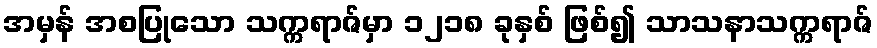
အမှန် အစပြုသော သက္ကရာဇ်မှာ ၁၂၁၈ ခုနှစ် ဖြစ်၍ သာသနာသက္ကရာဇ်